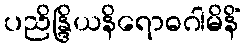
ပညိန္ဒြိယနိရောဓဂါမိနိံ